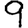
Digit: 9